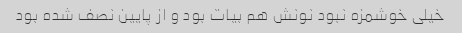
خیلی خوشمزه نبود نونش هم بیات بود و از پایین نصف شده بود